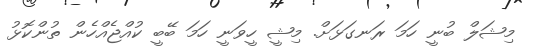
މިޝަލް ބުނީ ހަމަ ރަނގަޅަށް. މިޝީ ހީވަނީ ހަމަ ބޭބީ ކުއްޖެއްހެން ތުންކޮޅު